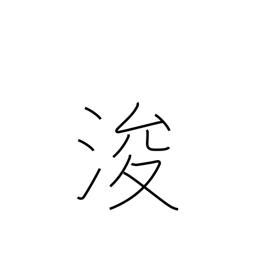
Meaning: dredge